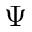
\Psi